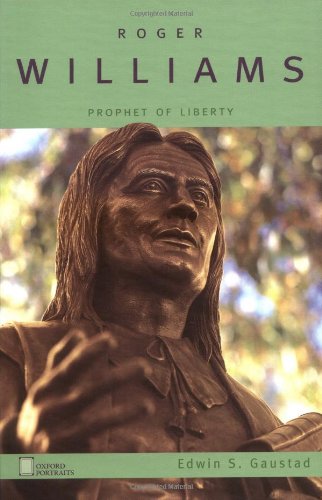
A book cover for Roger Williams: Prophet of Liberty (Oxford Portraits); Edwin S. Gaustad; Teen & Young Adult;